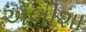
એલીશા